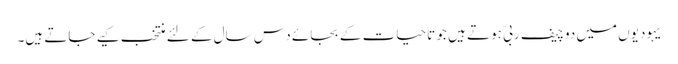
یہودیوں میں دو چیف ربیّ ہوتے ہیں جو تاحیات کے بجائے دس سال کے لئے منتخب کیے جاتے ہیں۔